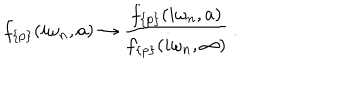
f _ { \{ p \} } ( i \omega _ { n } , a ) \to \frac { f _ { \{ p \} } ( i \omega _ { n } , a ) } { f _ { \{ p \} } ( i \omega _ { n } , \infty ) } \, { . }